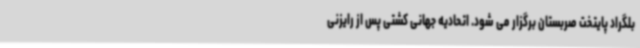
بلگراد پایتخت صربستان برگزار می شود. اتحادیه جهانی کشتی پس از رایزنی